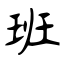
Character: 班